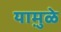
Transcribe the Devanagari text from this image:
यामु़ळे